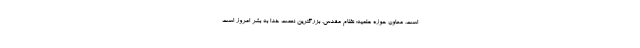
است. معاون حوزه علمیه: نظام مقدس، بزرگترین نعمت خدا به بشر امروز است